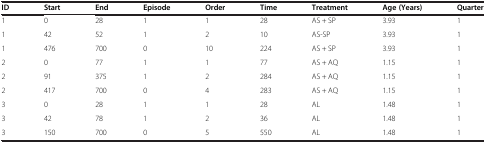
<table><thead><tr><td><b>ID</b></td><td><b>Start</b></td><td><b>End</b></td><td><b>Episode</b></td><td><b>Order</b></td><td><b>Time</b></td><td><b>Treatment</b></td><td><b>Age (Years)</b></td><td><b>Quarter</b></td></tr></thead><tbody><tr><td>1</td><td>0</td><td>28</td><td>1</td><td>1</td><td>28</td><td>AS + SP</td><td>3.93</td><td>1</td></tr><tr><td>1</td><td>42</td><td>52</td><td>1</td><td>2</td><td>10</td><td>AS-SP</td><td>3.93</td><td>1</td></tr><tr><td>1</td><td>476</td><td>700</td><td>0</td><td>10</td><td>224</td><td>AS + SP</td><td>3.93</td><td>1</td></tr><tr><td>2</td><td>0</td><td>77</td><td>1</td><td>1</td><td>77</td><td>AS + AQ</td><td>1.15</td><td>1</td></tr><tr><td>2</td><td>91</td><td>375</td><td>1</td><td>2</td><td>284</td><td>AS + AQ</td><td>1.15</td><td>1</td></tr><tr><td>2</td><td>417</td><td>700</td><td>0</td><td>4</td><td>283</td><td>AS + AQ</td><td>1.15</td><td>1</td></tr><tr><td>3</td><td>0</td><td>28</td><td>1</td><td>1</td><td>28</td><td>AL</td><td>1.48</td><td>1</td></tr><tr><td>3</td><td>42</td><td>78</td><td>1</td><td>2</td><td>36</td><td>AL</td><td>1.48</td><td>1</td></tr><tr><td>3</td><td>150</td><td>700</td><td>0</td><td>5</td><td>550</td><td>AL</td><td>1.48</td><td>1</td></tr></tbody></table>